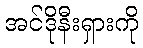
အင်ဒိုနီးရှားကို